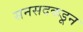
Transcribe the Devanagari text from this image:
सनसदकडून